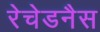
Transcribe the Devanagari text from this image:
रेचेडनैस